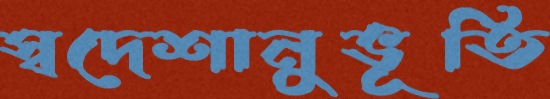
স্বদেশানুভূতি